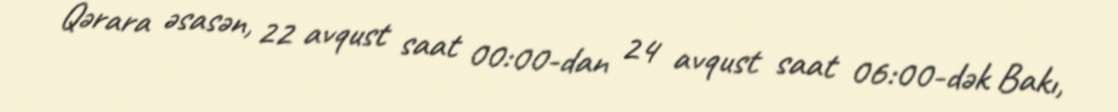
Qərara əsasən, 22 avqust saat 00:00-dan 24 avqust saat 06:00-dək Bakı,